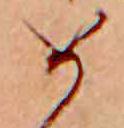
め